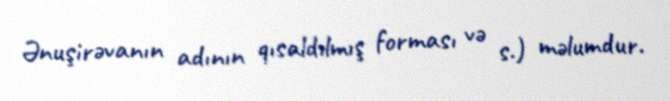
Ənuşirəvanın adının qısaldılmış forması və s.) məlumdur.